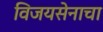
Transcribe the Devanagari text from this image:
विजयसेनाचा